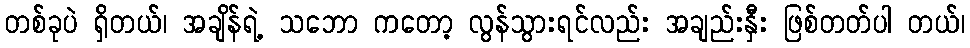
တစ်ခုပဲ ရှိတယ်၊ အချိန်ရဲ့ သဘော ကတော့ လွန်သွားရင်လည်း အချည်းနှီး ဖြစ်တတ်ပါ တယ်၊